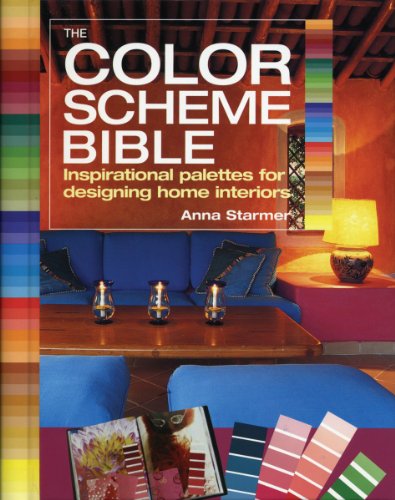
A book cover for The Color Scheme Bible: Inspirational Palettes for Designing Home Interiors; Anna Starmer; Crafts, Hobbies & Home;